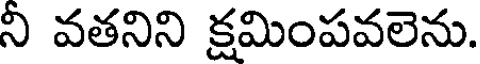
ని వతనిని క్షమింపవలెను.